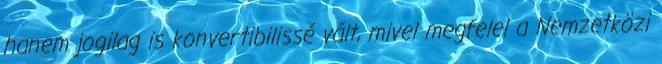
hanem jogilag is konvertibilissé vált, mivel megfelel a Nemzetközi